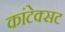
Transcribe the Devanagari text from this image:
कांटेक्सट